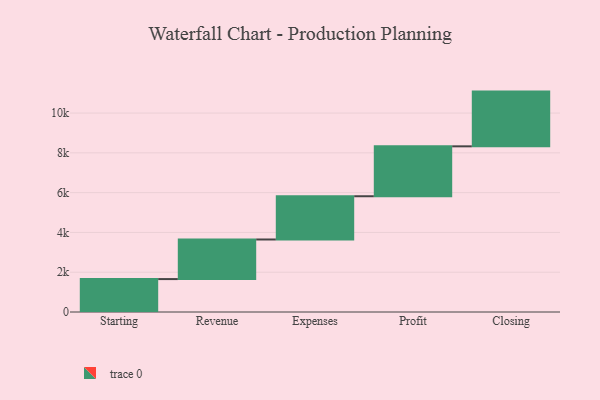
{"axis": {"x": "Step", "y": "Value"}, "legend": [""], "data": [{"x": "Starting", "y": 1655.0, "type": ""}, {"x": "Revenue", "y": 1990.0, "type": ""}, {"x": "Expenses", "y": 2174.0, "type": ""}, {"x": "Profit", "y": 2509.0, "type": ""}, {"x": "Closing", "y": 2751.0, "type": ""}]}